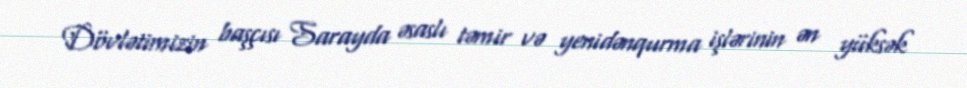
Dövlətimizin başçısı Sarayda əsaslı təmir və yenidənqurma işlərinin ən yüksək